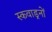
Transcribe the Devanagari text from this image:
स्कवाड्रनों